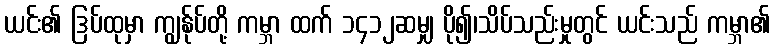
ယင်း၏ ဒြပ်ထုမှာ ကျွန်ုပ်တို့ ကမ္ဘာ ထက် ၁၄၁၂ဆမျှ ပို၍၊သိပ်သည်းမှုတွင် ယင်းသည် ကမ္ဘာ၏